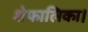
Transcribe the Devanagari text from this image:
शेफालिका।